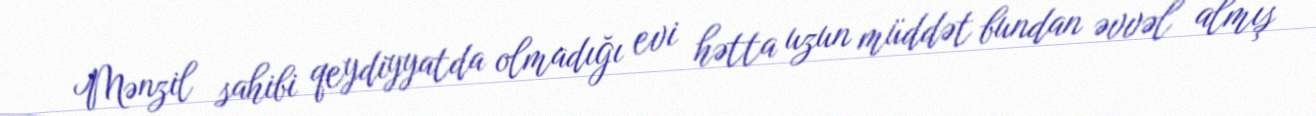
Mənzil sahibi qeydiyyatda olmadığı evi hətta uzun müddət bundan əvvəl almış